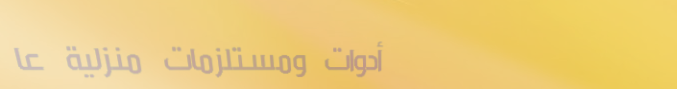
أدوات ومستلزمات منزلية عا